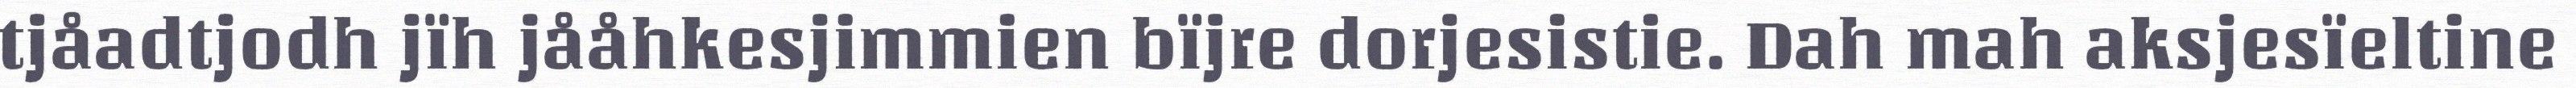
tjåadtjodh jïh jååhkesjimmien bïjre dorjesistie. Dah mah aksjesïeltine